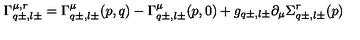
\Gamma _ { q \pm , l \pm } ^ { \mu , r } = \Gamma _ { q \pm , l \pm } ^ { \mu } ( p , q ) - \Gamma _ { q \pm , l \pm } ^ { \mu } ( p , 0 ) + g _ { q \pm , l \pm } \partial _ { \mu } \Sigma _ { q \pm , l \pm } ^ { r } ( p )